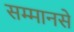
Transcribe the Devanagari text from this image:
सम्मानसे